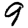
Digit: 9